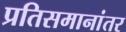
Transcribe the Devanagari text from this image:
प्रतिसमानांतर